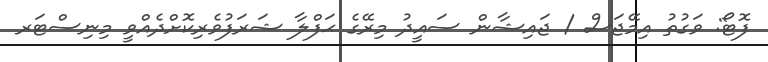
ފޮޓޯ: ވަގުތު އިމޭޖަސް / ޖައިޝާން ސައީދު މިރޭގެ ޙަފްލާ ޝަރަފުވެރިކޮށްދެއްވީ މިނިސްޓަރ